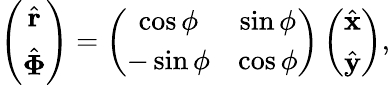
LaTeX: \begin{array}{r}{\left(\begin{array}{c}{\hat{\mathbf r}}\\ {\hat{\mathbf\Phi}}\end{array}\right)=\left(\begin{array}{cc}{\cos\phi}&{\sin\phi}\\ {-\sin\phi}&{\cos\phi}\end{array}\right)\left(\begin{array}{c}{\hat{\mathbf x}}\\ {\hat{\mathbf y}}\end{array}\right),}\end{array}